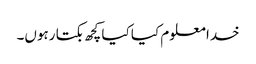
خدا معلوم کیا کیا کچھ بکتا رہوں۔